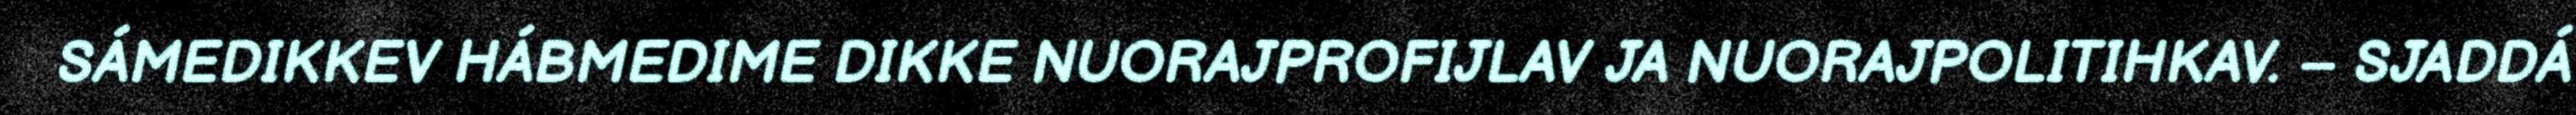
SÁMEDIKKEV HÁBMEDIME DIKKE NUORAJPROFIJLAV JA NUORAJPOLITIHKAV. – SJADDÁ